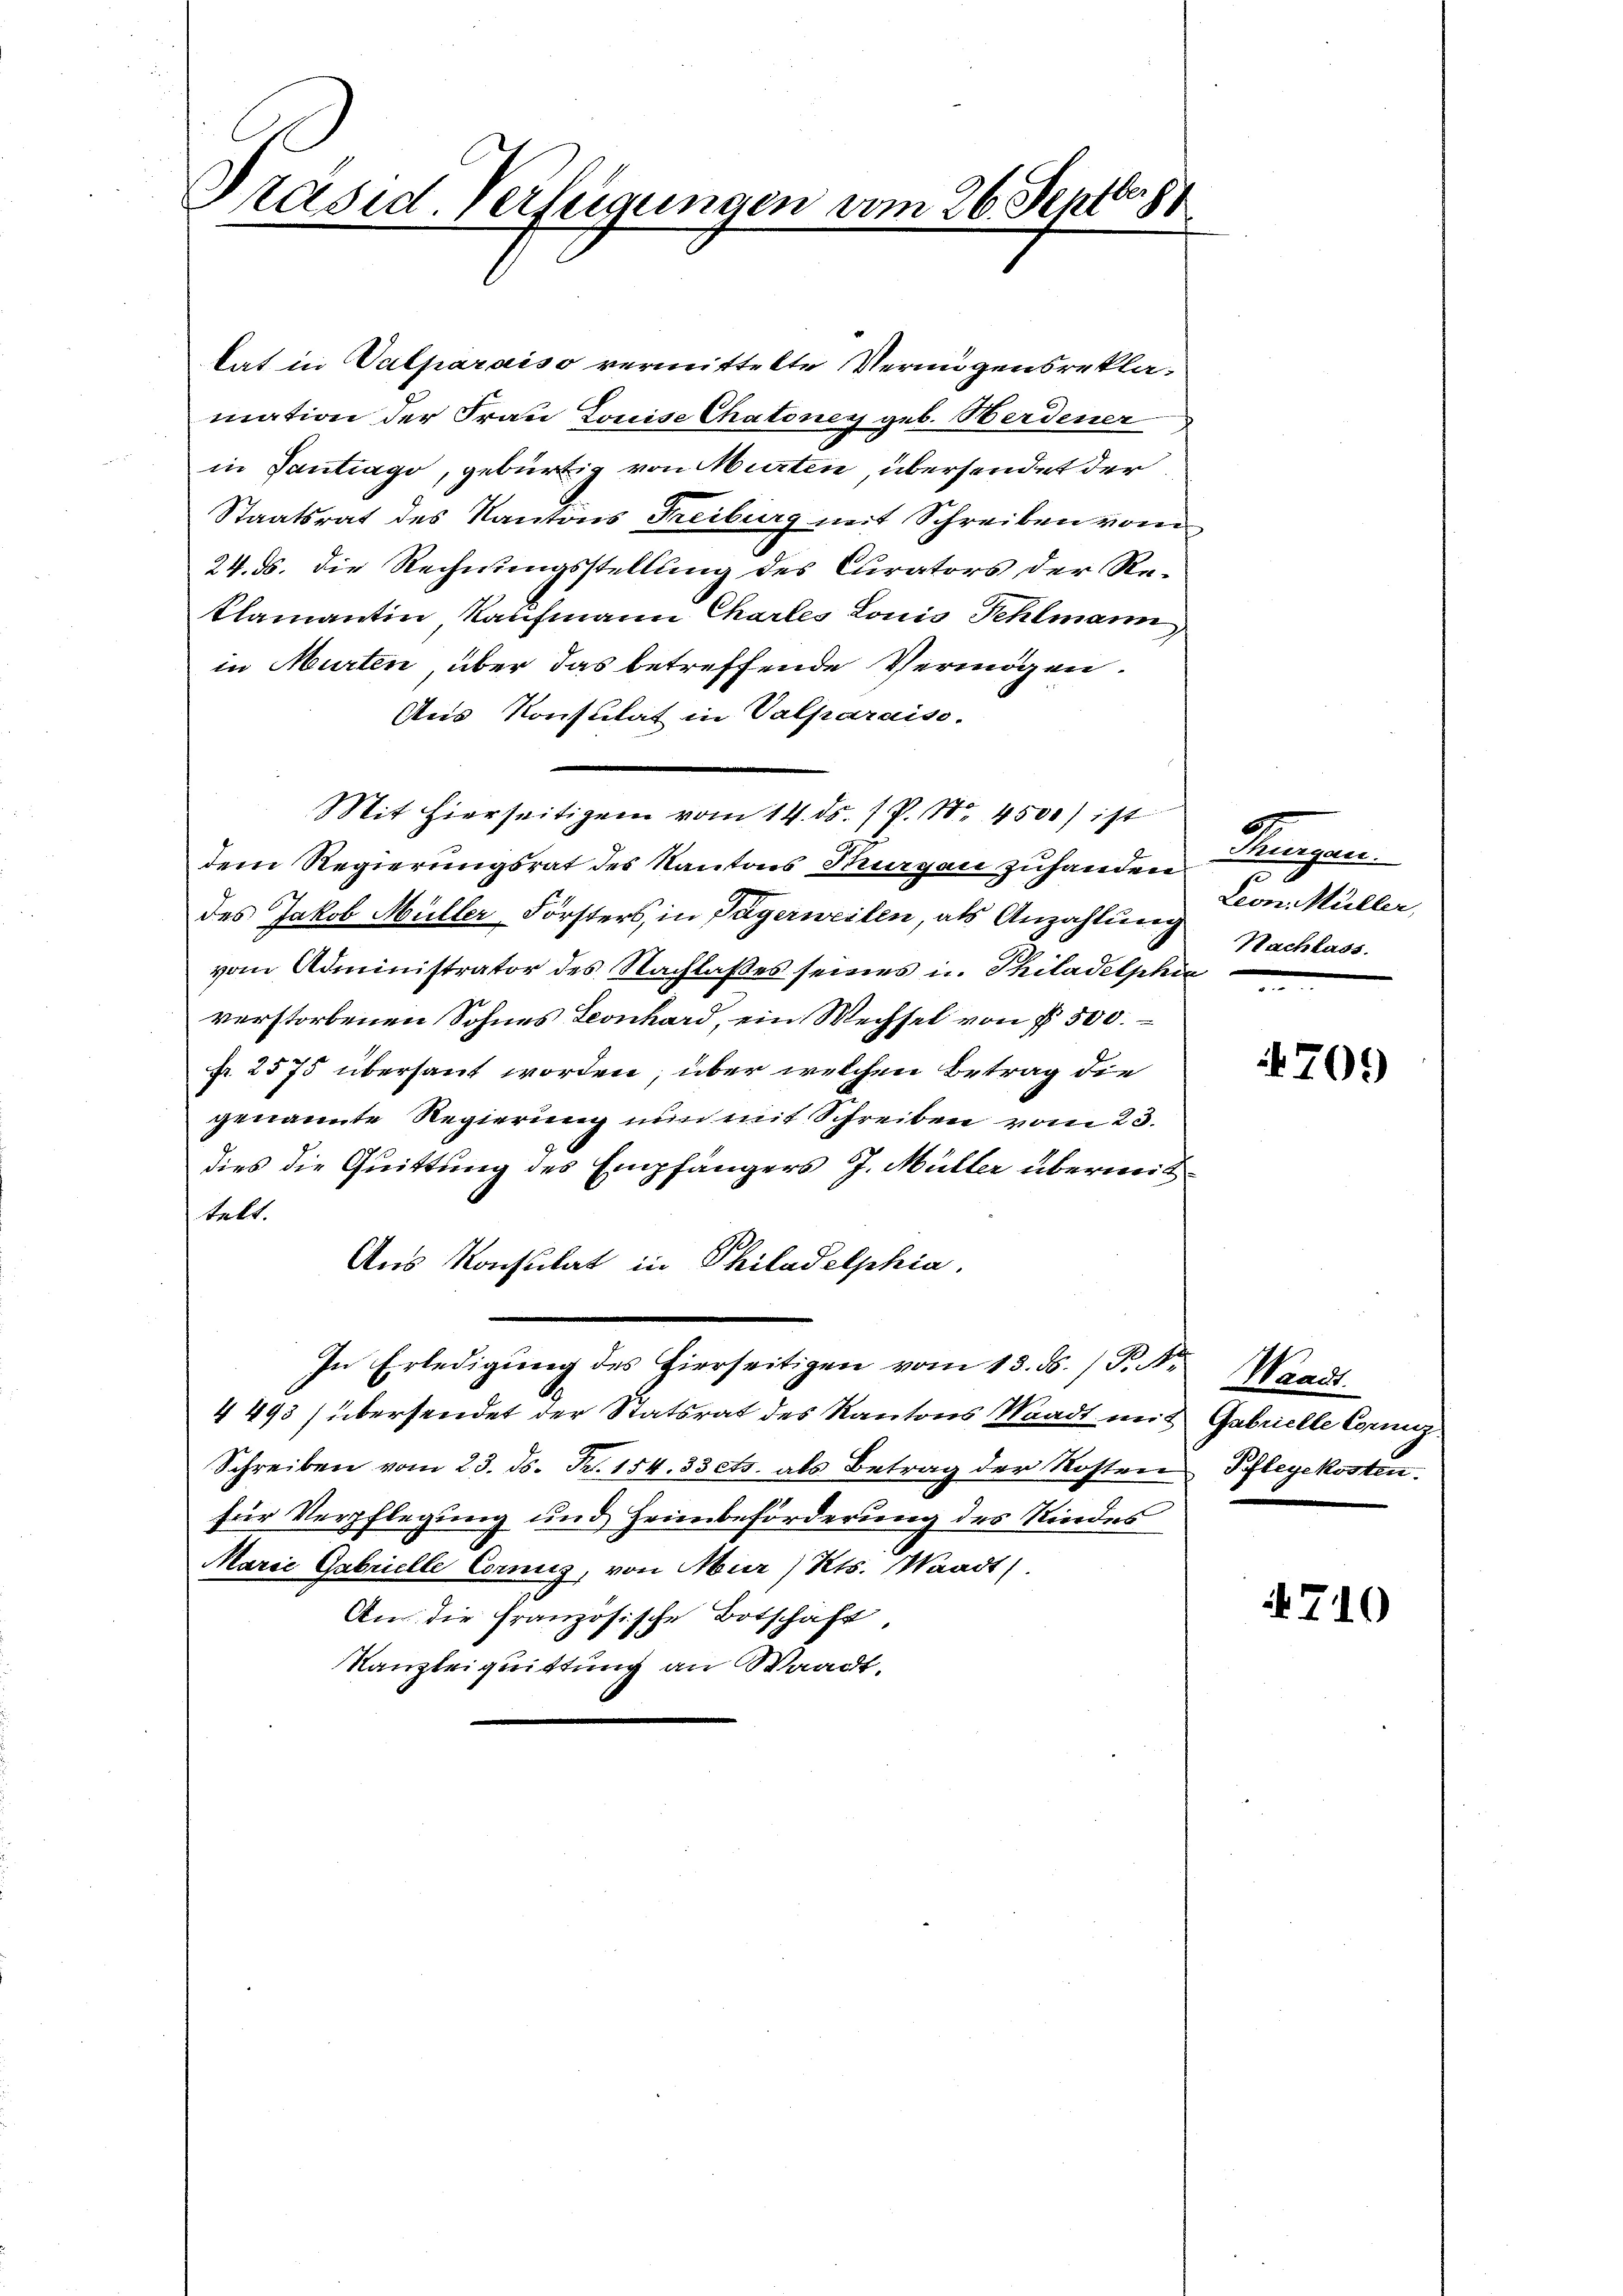
b
Präsid. Verfügungen vom 26. Septbr. 1

lat in Valparaiso vermittelte Vermögensreklamation der Frau Louise Chatoney geb. Herdener
in Santrago, gebürtig von Murten, übersendet der
Staatsrat des Kantons Freiburg mit Schreiben vom
24. ds. die Rechnungsstellung des Curators der Reklamantin, Kaufmann Chartes Louis Fehlmann
in Murten, über das betreffende Vermögen.
Ans Konsulat in Valparaiso
Mit hierseitigen vom 14. ds. 1 P. Nr. 4500) ist
dem Regierungsrat des Kantons Thurgau zuhanden
des Jakob Müller Forsters, in Pägerweilen, als Anzahlung
vom Administrator des Nachlaßes seines u. Philadelphie
verstorbenen Sohnes Leonhard, ein Wechsel von § 500.
fr. 2575 übersaut worden, über welchen Betrag die
genannte Regierung nun mit Schreiben vom 23.
dies die Quittung des Empfängers J. Müller überweit
telt.
Aus Konsulat in Philadelphia.
In Erledigung des hierseitigen vom 13. ds. / P. Nr. Waadt
4493/ übersendet der Statsrat des Kantons Waadt mit Gabrielle Corniz
Schreiben vom 23. ds. Fr. 154. 33 cts. als Betrag der Kosten Pflegekosten.
für Verpflegung und Heimbeförderung des Kindes
Marie Gabrielle Cornig, von Mur / Kts. Waadt)
An die Französische Botschäft,
Kanzleiquittung an Waadt,

G.
Thurgau.
u
Leon. Müller,
Nachlass.

709

4710